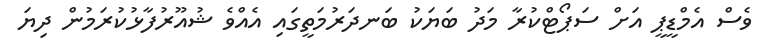
ވެސް އެމްޑީޕީ އަށް ސަޕޯޓްކުރާ މަދު ބަޔަކު ބަނދަރުމަތީގައި އެއްވެ ޝުއޫރުފާޅުކުރަމުން ދިޔަ